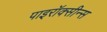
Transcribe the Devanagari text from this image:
पाइरॉक्सीन्स